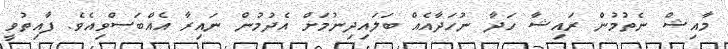
މާއިޝް ނެތުމުން ރައިޝާ ހަދާ ނުހަދާއެއް ބަލައިދިނުމަށް އެދުމުން ނައިރާ އެއްބަސްވިއެވެ. ފާއިތުވީ